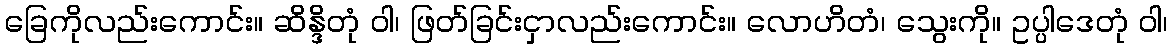
ခြေကိုလည်းကောင်း။ ဆိန္ဒိတုံ ဝါ၊ ဖြတ်ခြင်းငှာလည်းကောင်း။ လောဟိတံ၊ သွေးကို။ ဥပ္ပါဒေတုံ ဝါ၊